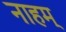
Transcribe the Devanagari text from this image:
नाहम्